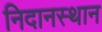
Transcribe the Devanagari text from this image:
निदानस्थान